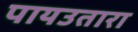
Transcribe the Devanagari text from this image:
पायउतारा